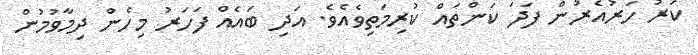
ކަރު ހަރުއެރުން ފަދަ ކަންތައް ކުރިމަތިވެއެވެ. އަދި ބައެއް ފަހަރު މިހެން ދިމާވުމުން